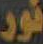
نور